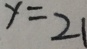
y = 2 1